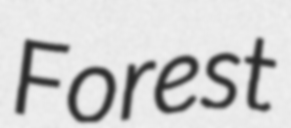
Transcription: Forest